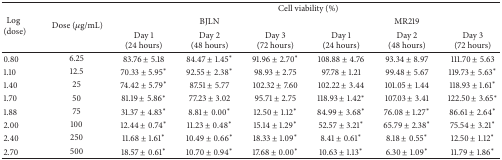
<table><thead><tr><td rowspan="3"><b> Log (dose)</b></td><td rowspan="3"><b> Dose (<i>μ</i>g/mL)</b></td><td colspan="6"><b>Cell viability (%)</b></td></tr><tr><td colspan="3"><b>BJLN</b></td><td colspan="3"><b>MR219</b></td></tr><tr><td><b>Day 1(24 hours)</b></td><td><b>Day 2(48 hours)</b></td><td><b>Day 3(72 hours)</b></td><td><b>Day 1(24 hours)</b></td><td><b>Day 2(48 hours)</b></td><td><b>Day 3(72 hours)</b></td></tr></thead><tbody><tr><td>0.80</td><td>6.25</td><td>83.76 ± 5.18</td><td>84.47 ± 1.45<sup><i>∗</i></sup></td><td>91.96 ± 2.70<sup><i>∗</i></sup></td><td>108.88 ± 4.76</td><td>93.34 ± 8.97</td><td>111.70 ± 5.63</td></tr><tr><td>1.10</td><td>12.5</td><td>70.33 ± 5.95<sup><i>∗</i></sup></td><td>92.55 ± 2.38<sup><i>∗</i></sup></td><td>98.93 ± 2.75</td><td>97.78 ± 1.21</td><td>99.48 ± 5.67</td><td>119.73 ± 5.63<sup><i>∗</i></sup></td></tr><tr><td>1.40</td><td>25</td><td>74.42 ± 5.79<sup><i>∗</i></sup></td><td>87.51 ± 5.77</td><td>102.32 ± 7.60</td><td>102.22 ± 3.44</td><td>101.05 ± 1.44</td><td>118.93 ± 1.61<sup><i>∗</i></sup></td></tr><tr><td>1.70</td><td>50</td><td>81.19 ± 5.86<sup><i>∗</i></sup></td><td>77.23 ± 3.02</td><td>95.71 ± 2.75</td><td>118.93 ± 1.42<sup><i>∗</i></sup></td><td>107.03 ± 3.41</td><td>122.50 ± 3.65<sup><i>∗</i></sup></td></tr><tr><td>1.88</td><td>75</td><td>31.37 ± 4.83<sup><i>∗</i></sup></td><td>8.81 ± 0.00<sup><i>∗</i></sup></td><td>12.50 ± 1.12<sup><i>∗</i></sup></td><td>84.99 ± 3.68<sup><i>∗</i></sup></td><td>76.08 ± 1.27<sup><i>∗</i></sup></td><td>86.61 ± 2.64<sup><i>∗</i></sup></td></tr><tr><td>2.00</td><td>100</td><td>12.44 ± 0.74<sup><i>∗</i></sup></td><td>11.23 ± 0.48<sup><i>∗</i></sup></td><td>15.14 ± 1.29<sup><i>∗</i></sup></td><td>52.57 ± 3.21<sup><i>∗</i></sup></td><td>65.79 ± 2.38<sup><i>∗</i></sup></td><td>75.54 ± 3.21<sup><i>∗</i></sup></td></tr><tr><td>2.40</td><td>250</td><td>11.68 ± 1.61<sup><i>∗</i></sup></td><td>10.49 ± 0.66<sup><i>∗</i></sup></td><td>18.33 ± 1.09<sup><i>∗</i></sup></td><td>8.41 ± 0.61<sup><i>∗</i></sup></td><td>8.18 ± 0.55<sup><i>∗</i></sup></td><td>12.50 ± 1.12<sup><i>∗</i></sup></td></tr><tr><td>2.70</td><td>500</td><td>18.57 ± 0.61<sup><i>∗</i></sup></td><td>10.70 ± 0.94<sup><i>∗</i></sup></td><td>17.68 ± 0.00<sup><i>∗</i></sup></td><td>10.63 ± 1.13<sup><i>∗</i></sup></td><td>6.30 ± 1.09<sup><i>∗</i></sup></td><td>11.79 ± 1.86<sup><i>∗</i></sup></td></tr></tbody></table>